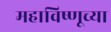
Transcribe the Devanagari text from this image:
महाविष्णूच्या